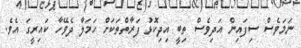
ނަމަވެސް ސިފައިން އަދިވެސް ތިބީ އިދިކޮޅު ފަރާތްތަކަށް ހަމަލާ ދެވޭހާ ކައިރީގަ އެވެ.